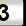
Digit: 3